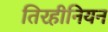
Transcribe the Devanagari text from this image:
तिरहीनियन